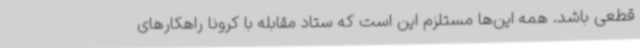
قطعی باشد. همه این‌ها مستلزم این است که ستاد مقابله با کرونا راهکارهای